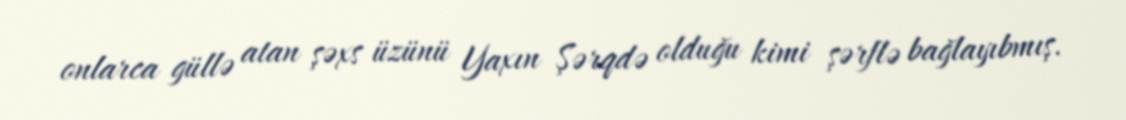
onlarca güllə atan şəxs üzünü Yaxın Şərqdə olduğu kimi şərflə bağlayıbmış.